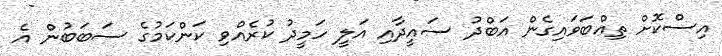
އިސްކޮށް ތިއްބަވައިގެން އަބްދު ސައީދާއި އަލީ ހަމީދު ކުރެއްވި ކަންކަމުގެ ސަބަބުން އެ